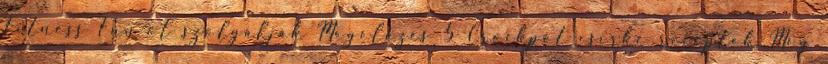
Fitness Fun-ot szolgálják Megelőzés 5 Crockpot csirke receptek Még